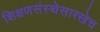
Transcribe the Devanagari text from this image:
शिक्षणसंस्थेसारखेच